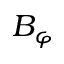
B _ { \varphi }